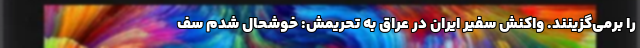
را برمی‌گزینند. واکنش سفیر ایران در عراق به تحریمش: خوشحال شدم سف